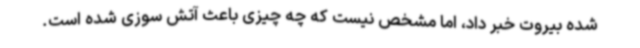
شده بیروت خبر داد، اما مشخص نیست که چه چیزی باعث آتش سوزی شده است.